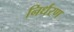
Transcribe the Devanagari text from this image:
निर्धरण